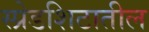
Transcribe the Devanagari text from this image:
स्प्रेडशिटातील